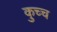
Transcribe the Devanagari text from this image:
कुच्च